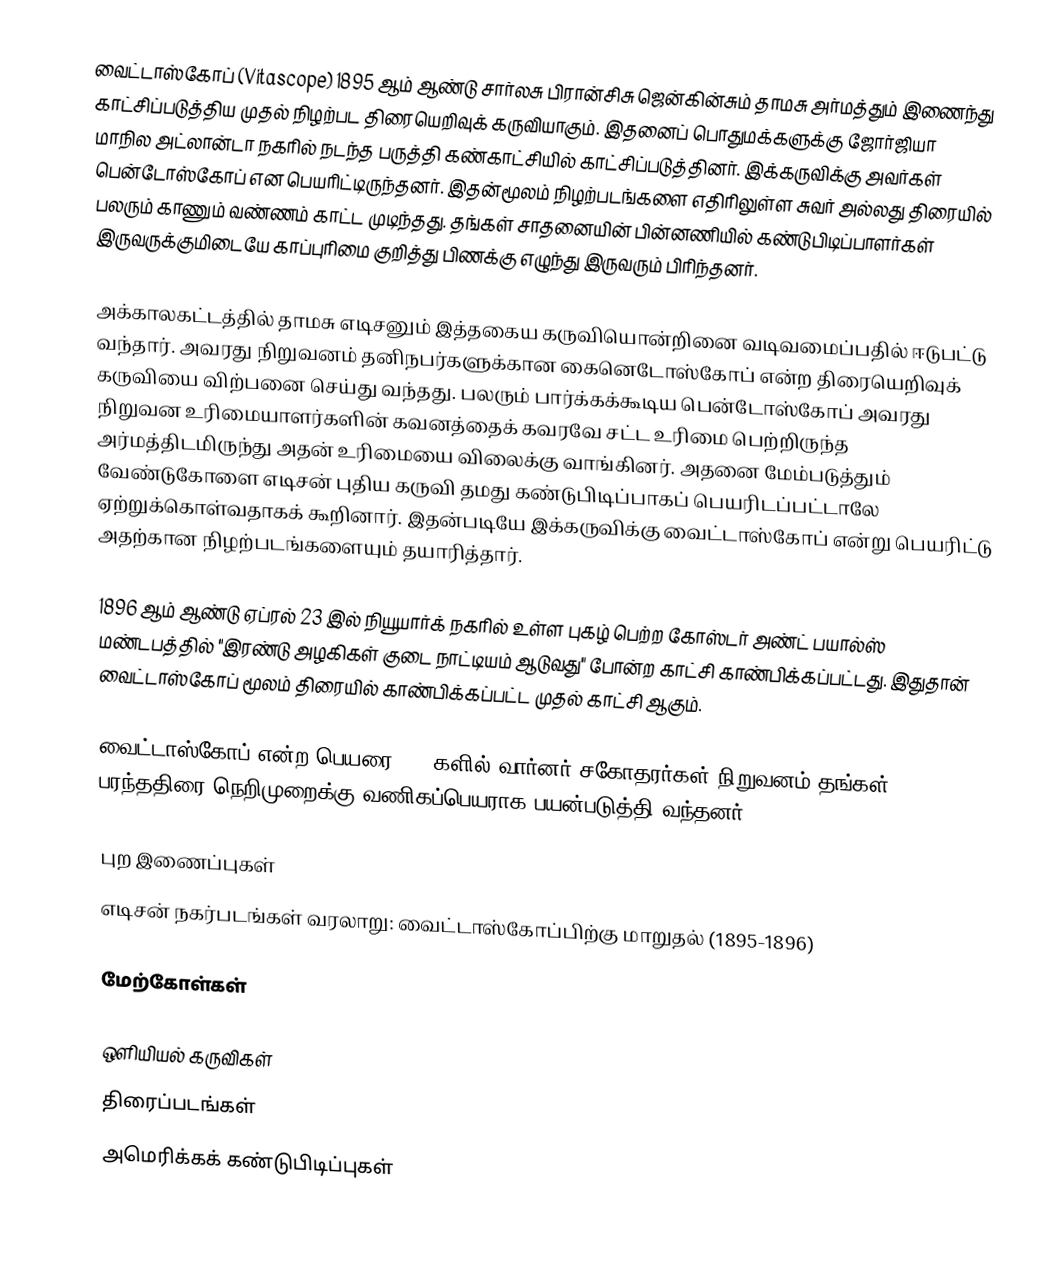
வைட்டாஸ்கோப் (Vitascope) 1895 ஆம் ஆண்டு சார்லசு பிரான்சிசு ஜென்கின்சும் தாமசு அர்மத்தும் இணைந்து காட்சிப்படுத்திய முதல் நிழற்பட திரையெறிவுக் கருவியாகும். இதனைப் பொதுமக்களுக்கு ஜோர்ஜியா மாநில அட்லான்டா நகரில் நடந்த பருத்தி கண்காட்சியில் காட்சிப்படுத்தினர். இக்கருவிக்கு அவர்கள் பென்டோஸ்கோப் என பெயரிட்டிருந்தனர். இதன்மூலம் நிழற்படங்களை எதிரிலுள்ள சுவர் அல்லது திரையில் பலரும் காணும் வண்ணம் காட்ட முடிந்தது. தங்கள் சாதனையின் பின்னணியில் கண்டுபிடிப்பாளர்கள் இருவருக்குமிடையே காப்புரிமை குறித்து பிணக்கு எழுந்து இருவரும் பிரிந்தனர்.

அக்காலகட்டத்தில் தாமசு எடிசனும் இத்தகைய கருவியொன்றினை வடிவமைப்பதில் ஈடுபட்டு வந்தார். அவரது நிறுவனம் தனிநபர்களுக்கான கைனெடோஸ்கோப் என்ற திரையெறிவுக் கருவியை விற்பனை செய்து வந்தது. பலரும் பார்க்கக்கூடிய பென்டோஸ்கோப் அவரது நிறுவன உரிமையாளர்களின் கவனத்தைக் கவரவே சட்ட உரிமை பெற்றிருந்த அர்மத்திடமிருந்து அதன் உரிமையை விலைக்கு வாங்கினர். அதனை மேம்படுத்தும் வேண்டுகோளை எடிசன் புதிய கருவி தமது கண்டுபிடிப்பாகப் பெயரிடப்பட்டாலே ஏற்றுக்கொள்வதாகக் கூறினார். இதன்படியே இக்கருவிக்கு வைட்டாஸ்கோப் என்று பெயரிட்டு அதற்கான நிழற்படங்களையும் தயாரித்தார்.

1896 ஆம் ஆண்டு ஏப்ரல் 23 இல் நியூயார்க் நகரில் உள்ள புகழ் பெற்ற கோஸ்டர் அண்ட் பயால்ஸ் மண்டபத்தில் "இரண்டு அழகிகள் குடை நாட்டியம் ஆடுவது" போன்ற காட்சி காண்பிக்கப்பட்டது. இதுதான் வைட்டாஸ்கோப் மூலம் திரையில் காண்பிக்கப்பட்ட முதல் காட்சி ஆகும்.

வைட்டாஸ்கோப் என்ற பெயரை 1930களில் வார்னர் சகோதரர்கள் நிறுவனம் தங்கள் பரந்ததிரை நெறிமுறைக்கு வணிகப்பெயராக பயன்படுத்தி வந்தனர்.

புற இணைப்புகள்
எடிசன் நகர்படங்கள் வரலாறு: வைட்டாஸ்கோப்பிற்கு மாறுதல் (1895-1896)

மேற்கோள்கள்

ஒளியியல் கருவிகள்
திரைப்படங்கள்
அமெரிக்கக் கண்டுபிடிப்புகள்